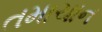
તમાચાન